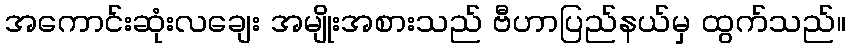
အကောင်းဆုံးလချေး အမျိုးအစားသည် ဗီဟာပြည်နယ်မှ ထွက်သည်။